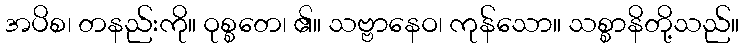
အပိစ၊ တနည်းကို။ ဝုစ္စတေ၊ ၏။ သဗ္ဗာနေဝ၊ ကုန်သော။ သစ္စာနိတို့သည်။